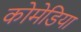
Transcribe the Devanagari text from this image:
कोमेडिया